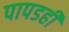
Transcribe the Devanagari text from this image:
पापडही